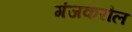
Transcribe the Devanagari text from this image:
गंजकरौल